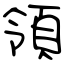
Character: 領